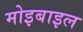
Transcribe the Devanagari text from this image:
मोइबाइल